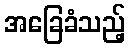
အခြေခံသည့်